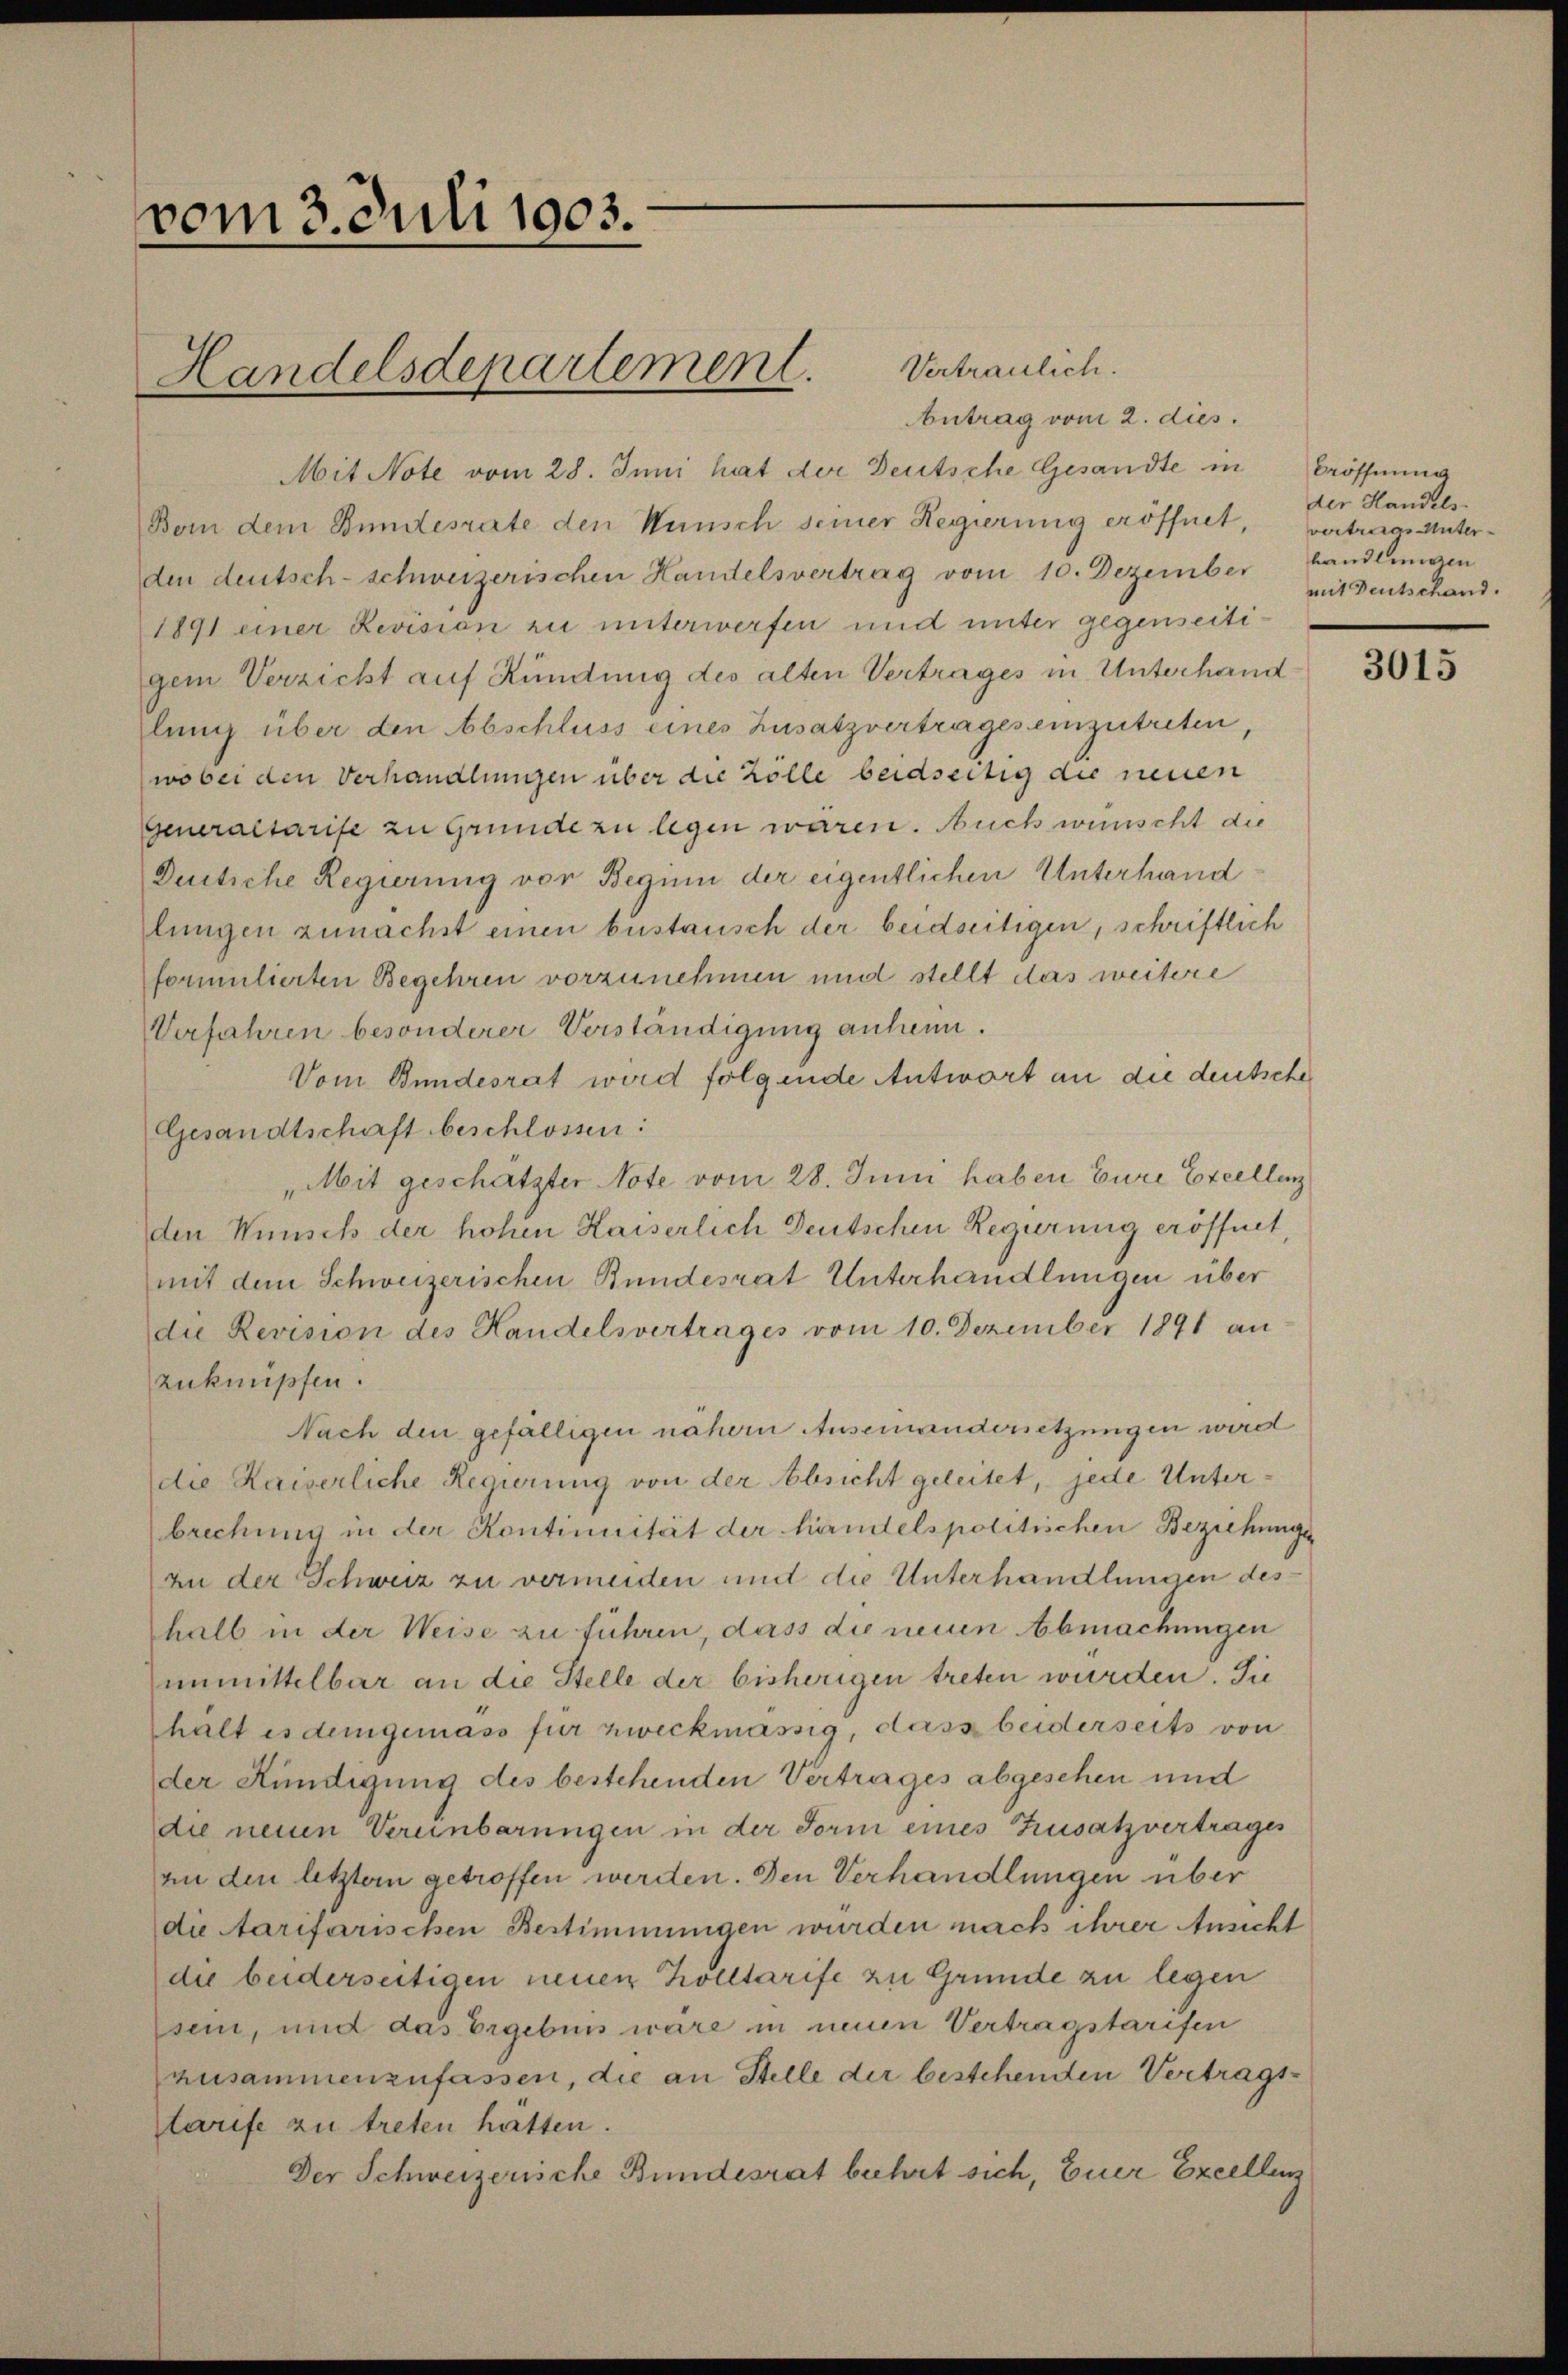
vom 3. Juli 1903.

Vertraulich.
Antrag vom 2. dies.
Mit Note vom 28. Juni hat der Deutsche Gesandte in Eröffnung
Boin dem Bundesrate den Wunsch seiner Regierung eröffnet, vertrags Unterden deutsch-schweizerischen Handelsvertrag vom 10. Dezember handlungen
1891 einer Revision zu unterwerfen und unter gegenseitigem Verzicht auf Kündung des alten Vertrages in Unterhand
lung über den Abschluss eines Zusatzvertrages einzutreten,
wobei den Verhandlungen über die Zölle beidseitig die neuen
Generaltarife zu Grunde zu legen waren. Auch wünscht die
Dustiche Regierung von Beginn der eigentlichen Unterhand
lungen zunächst einen bestausch der beidseitigen, schriftlich
formulierten Begehren vorzunehmen und stellt das weitere
Verfahren besonderer Verständigung anheim.
Vom Bundesrat wird folgende Antwort an die deutsche
Gesandtschaft beschlossen:
„Mit geschätzter Note vom 28. Juni haben Eure Excellenz
den Wünsch der hohen Kaiserlich Deutschen Regierung eröffnet,
mit dem Schweizerischen Bundesrat Unterhandlungen über
die Revision des Handelsvertrages vom 10. Dezember 1891 an
zuknüpfen.
Nach den gefälligen nähern Auseinandersetzungen wird
die Kaiserliche Regierung von der Absicht geleitet, jede Unterbrechung in der Kontinuität der handelspolitrichen Beziehungsan der Schweiz zu vermeiden mit die Unterhandlungen deshalb in der Weise zu führen, dass die neuen Abmachungen
unmittelbar an die Stelle der bisherigen treten wurden. Sie
halt es demgemäss für zweckmässig, dass beiderseits von
der Kündigung des bestehenden Vertrages abgesehen und
die neuen Vereinbarungen in der Form eines Zusatzvertrages
an den letzter getroffen werden. Den Verhandlungen über
die Aarifarischen Bestimmungen wurden nach ihrer Ansicht
die beiderseitigen neuen Kölltarife zu Grunde zu legen
sein, und das Ergebnis wäre in neuen Vertragstarifen
ausammenzufassen, die an Stelle der bestehenden Vertragstarife zu treten hatten.
Der Schweizerische Bundesrat behrt sich, Euer Excellenz

Handelsdepartement.

der Handels-
mit Deutschand.

3015